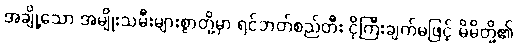
အချို့သော အမျိုးသမီးများစွာတို့မှာ ရင်ဘတ်စည်တီး ငိုကြီးချက်မဖြင့် မိမိတို့၏